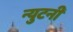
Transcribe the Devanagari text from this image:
न्युटनी